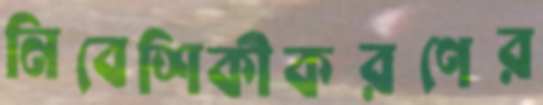
নিবেশিকীকরণের